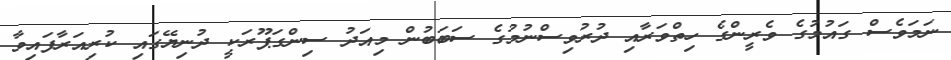
ނަމަވެސް ގައުމުގެ ވެރީންގެ ހިތްވަރާއި ދުރުވިސްނުމުގެ ސަބަބުން މިއަދު ސިންގަޕޫރަކީ ދުނިޔޭގައި ކުރިއަރާފައިވާ